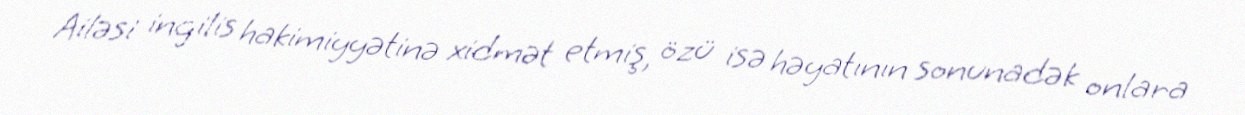
Ailəsi ingilis hakimiyyətinə xidmət etmiş, özü isə həyatının sonunadək onlara